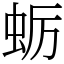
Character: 蛎